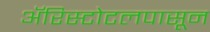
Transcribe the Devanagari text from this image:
ॲरिस्टोटलपासून